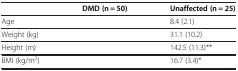
<table><thead><tr><td>[EMPTY_CELL]</td><td><b>DMD (n = 50)</b></td><td><b>Unaffected (n = 25)</b></td></tr></thead><tbody><tr><td>Age</td><td>[EMPTY_CELL]</td><td>8.4 (2.1)</td></tr><tr><td>Weight (kg)</td><td>[EMPTY_CELL]</td><td>31.1 (10.2)</td></tr><tr><td>Height (m)</td><td>[EMPTY_CELL]</td><td>142.5 (11.3)**</td></tr><tr><td>BMI (kg/m<sup>2</sup>)</td><td>[EMPTY_CELL]</td><td>16.7 (3.4)*</td></tr></tbody></table>